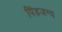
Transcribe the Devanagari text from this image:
पिंडजन्य